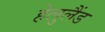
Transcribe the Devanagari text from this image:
हेलुलैंड